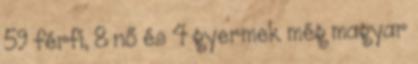
59 férfi, 8 nő és 4 gyermek még magyar